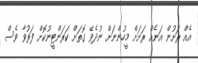
އެއް ރަށުން އަނެއް ރަށަށް މީހުންނަށް ނުދެވޭ ގޮތަށް ކަރަންޓީނުކޮށް ފަރުވާ ވެސް